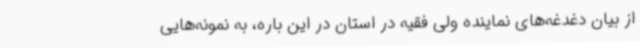
از بیان دغدغه‌های نماینده ولی فقیه در استان در این باره، به نمونه‌هایی